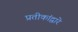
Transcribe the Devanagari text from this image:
प्रतीकांद्वारे